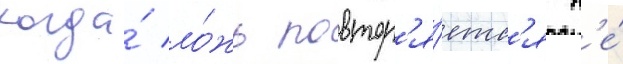
когда́ ло́жь повтор'я́етс'я н'е́